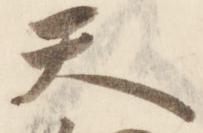
天